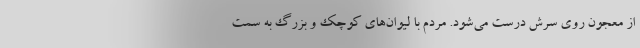
از معجون روی سرش درست می‌شود. مردم با لیوان‌های کوچک و بزرگ به سمت